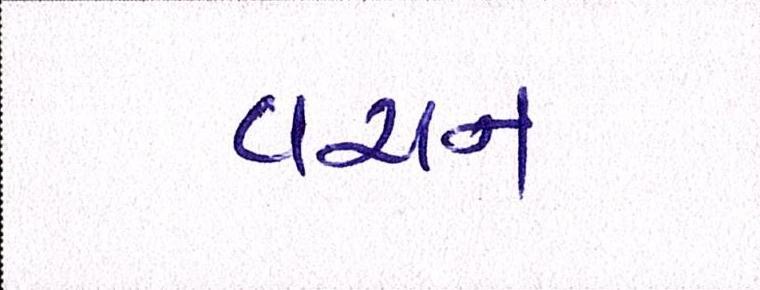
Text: વચન